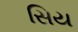
સિય